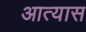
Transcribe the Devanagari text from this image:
आत्यास